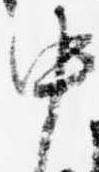
中